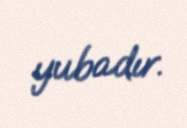
yubadır.